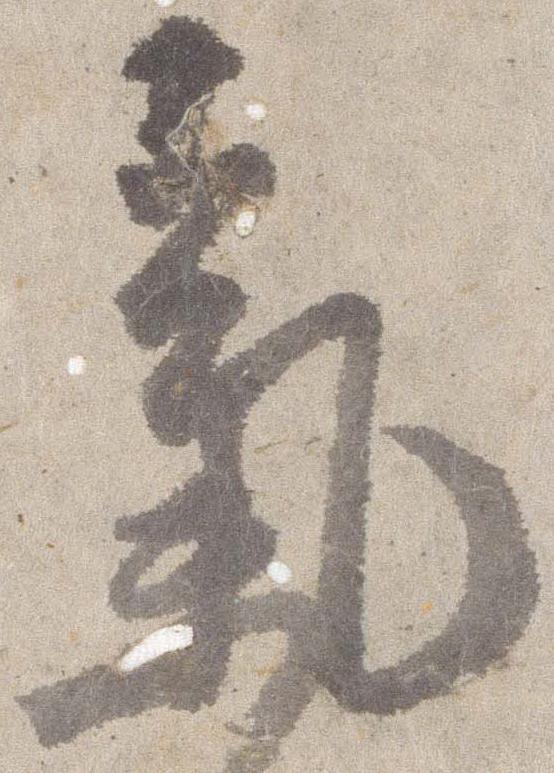
気